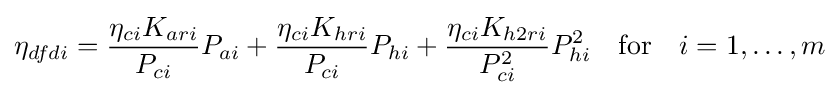
\eta _{dfdi}={\frac {\eta _{ci}K_{ari}}{P_{ci}}}P_{ai}+{\frac {\eta _{ci}K_{hri}}{P_{ci}}}P_{hi}+{\frac {\eta _{ci}K_{h2ri}}{P_{ci}^{2}}}P_{hi}^{2}\quad {\text{for}}\quad i=1,\ldots ,m